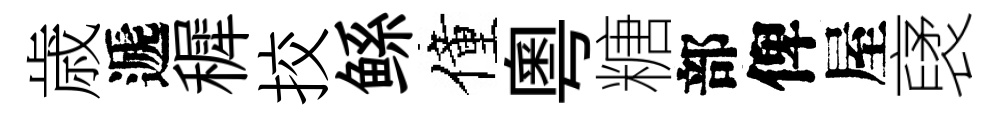
歳遞穉挍鲧僮粤糖部俾屋裦